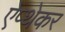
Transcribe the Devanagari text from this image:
ऐप्थेकर